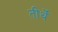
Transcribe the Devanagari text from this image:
तीर्थें